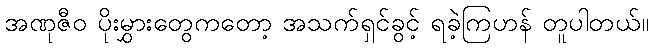
အဏုဇီဝ ပိုးမွှားတွေကတော့ အသက်ရှင်ခွင့် ရခဲ့ကြဟန် တူပါတယ်။